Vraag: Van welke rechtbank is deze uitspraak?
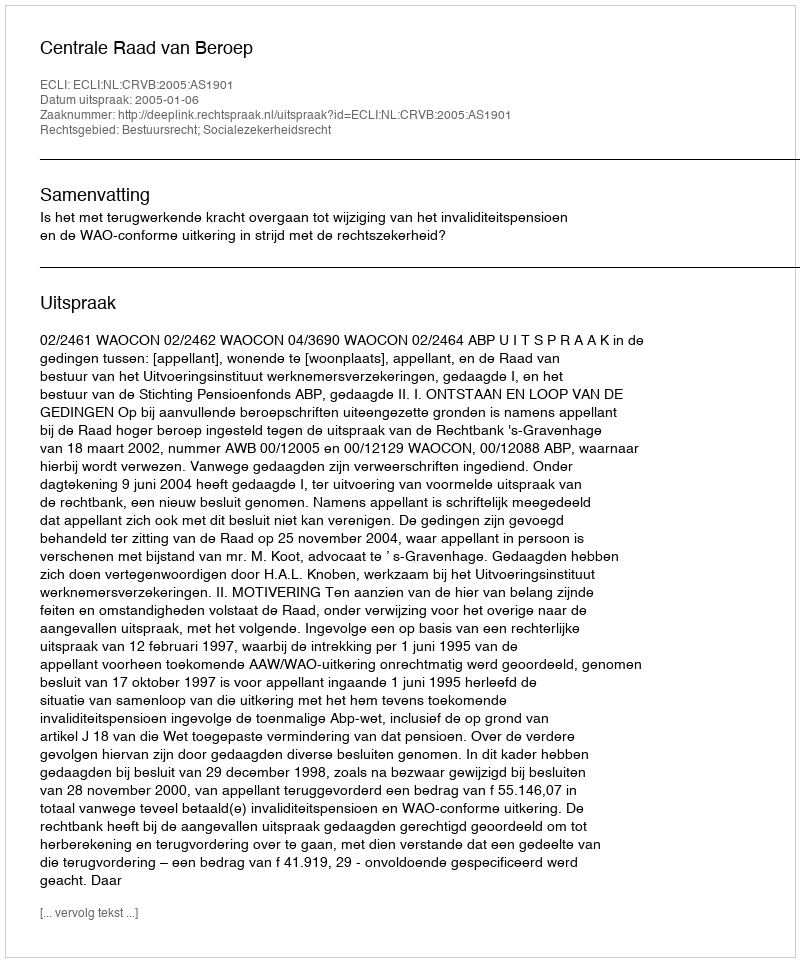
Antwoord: Centrale Raad van Beroep